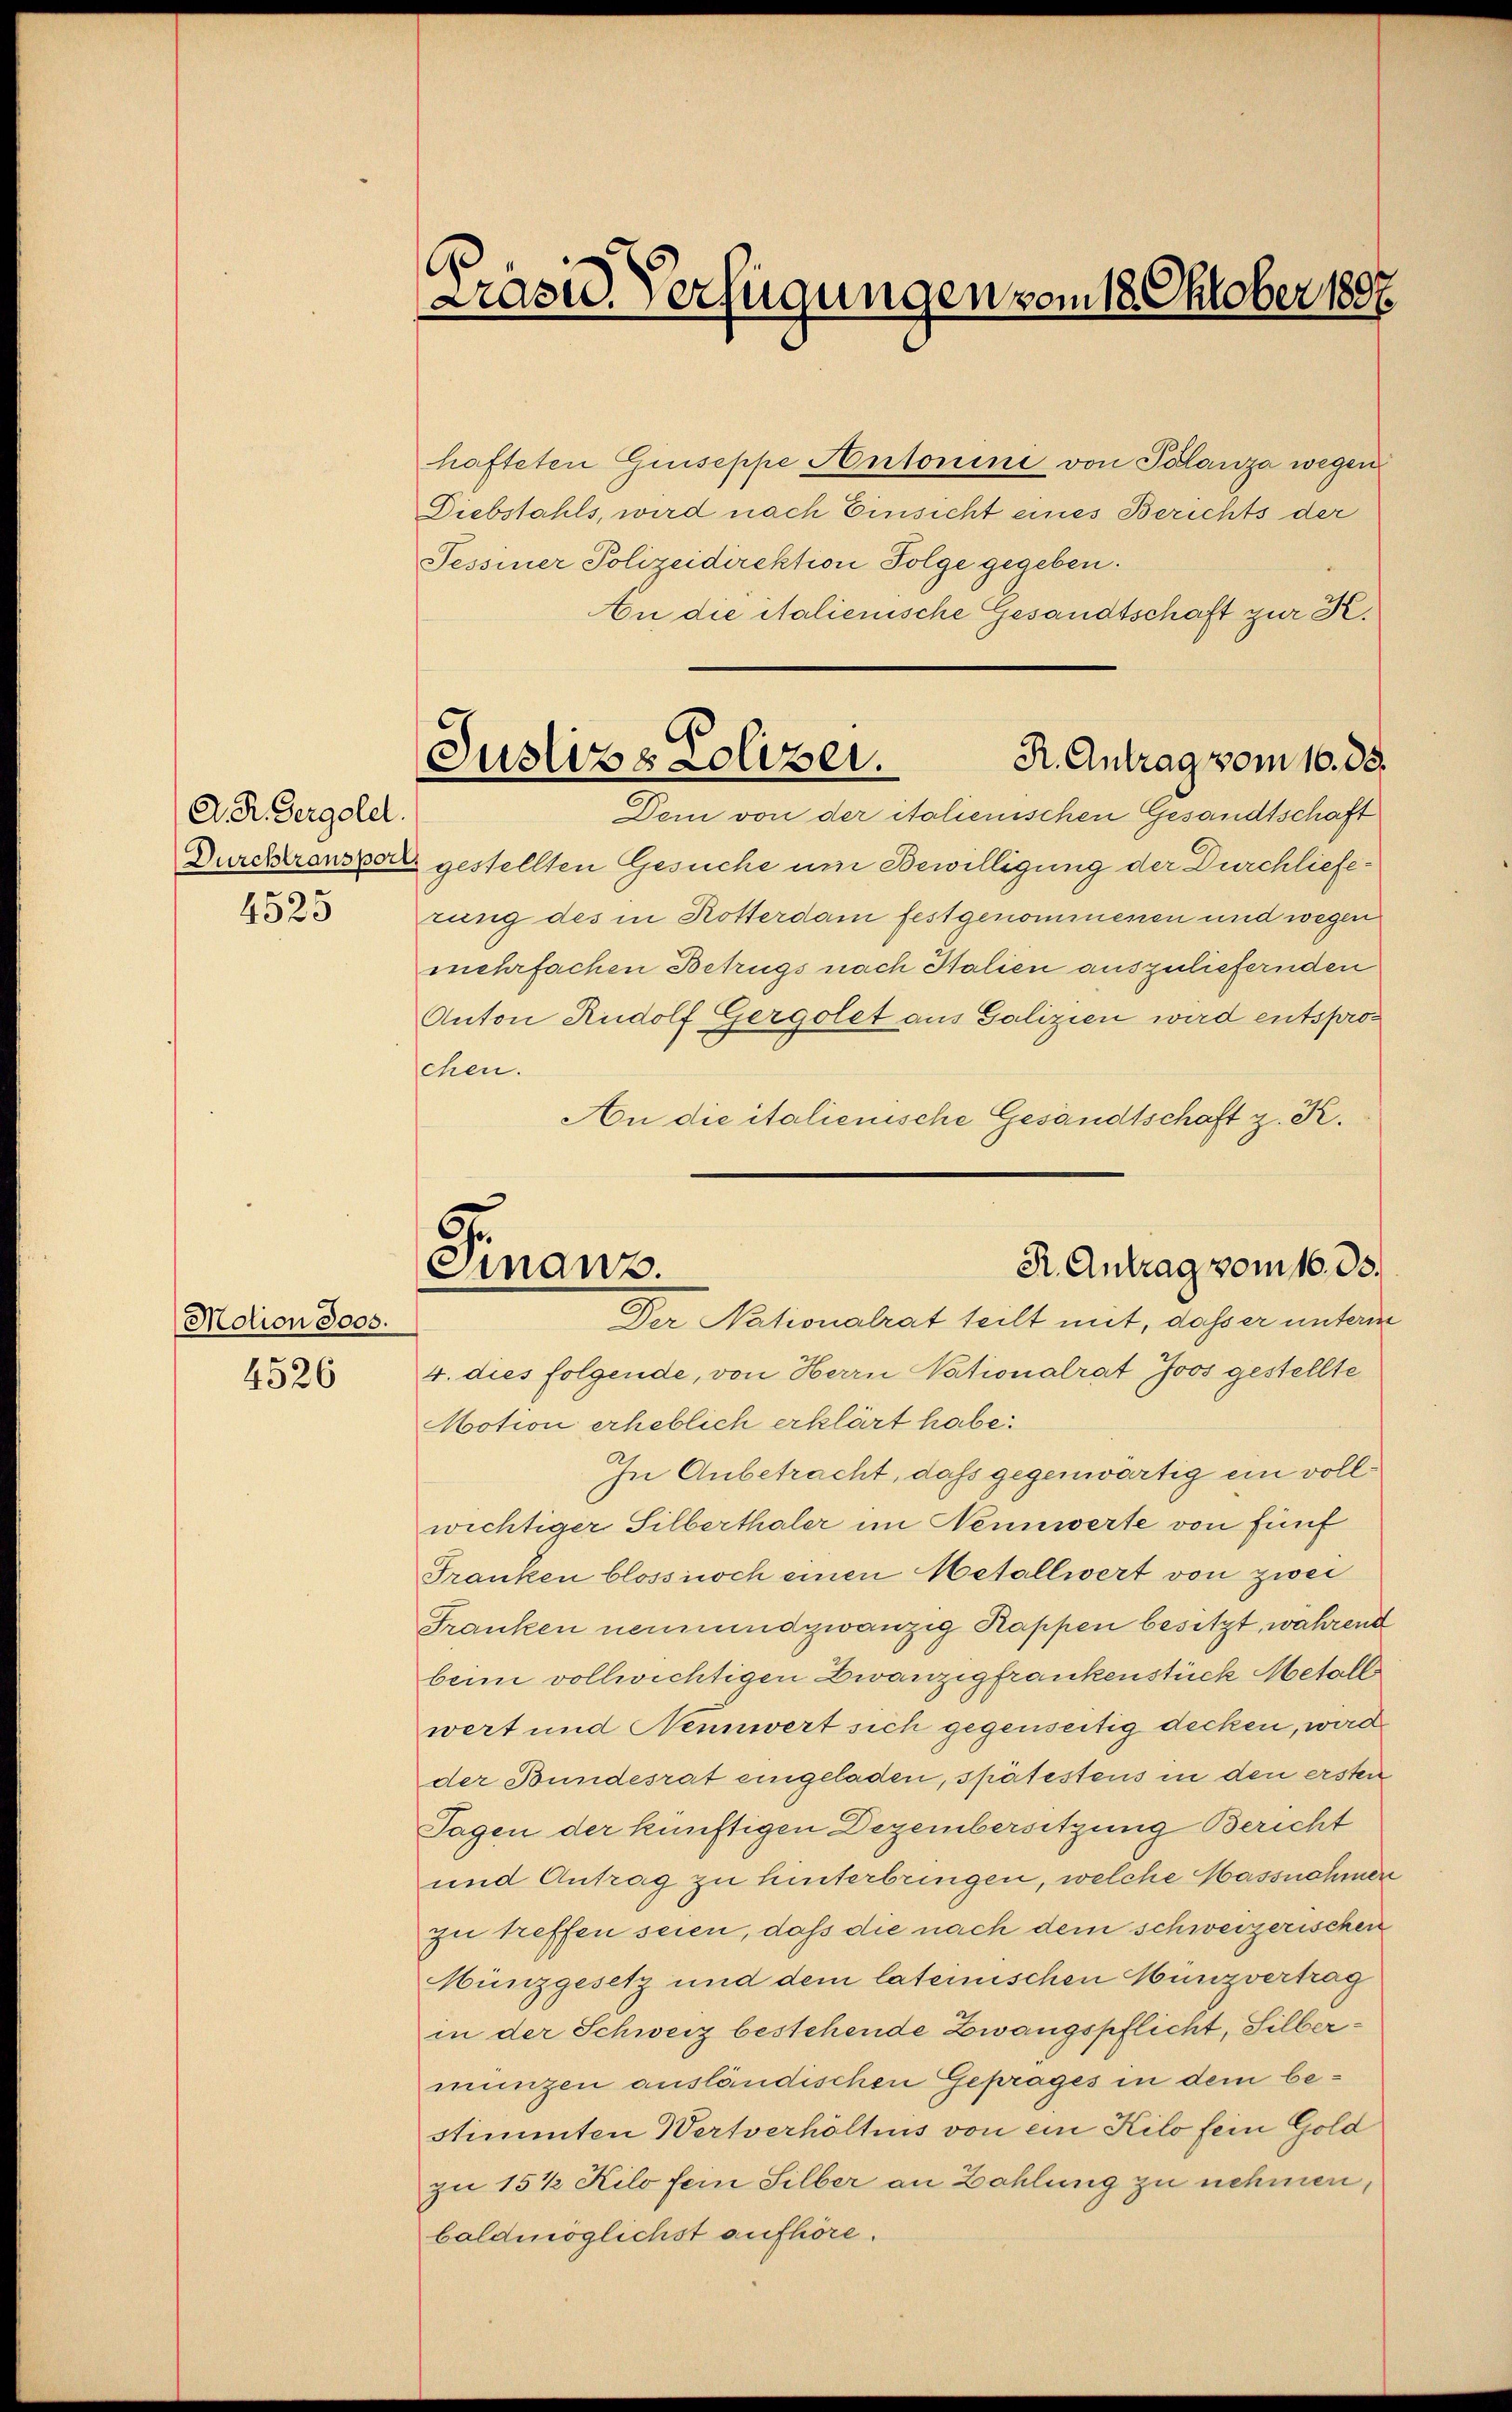
Motion 3005.

4526

A.R. Zergold.

Drase Verfügungen vom 18. Oktober 1807.

R. Antrag vom 16. ds.
Justiz & Polizei.

hafteten Giuseppe Antonini von Palanza wegen
Diebstahls, wird nach Einsicht eines Berichts der
Tessiner Polizeidirektion Folge gegeben.
An die italienische Gesandtschaft zur K.
Dem von der italienischen Gesandtschaft
Durchranspal gestellten Gesuche um Bewilligung der Durchlieferung des in Rotterdam festgenommenen und wegen
mehrfachen Betrugs nach Italien auszuliefernden
Anton Rudolf Gergolet aus Galizien wird entsprochen.
An die italienische Gesandtschaft z. K.

R. Antrag vom 16. ds.
Finanz
Der Nationalrat teilt mit, dasser unterm

4. dies folgende, von Herrn Nationalrat Joos gestellte
Motion erheblich erklärt habe.
In Anbetracht, daß gegenwärtig ein vollwichtiger Silberthaler im Nennwerte von fünf
Franken bloss noch einen Metallwert von zwei
Franken neumund zwanzig Kappen besitzt, während
beim vollwichtigen Zwanzigfrankenstück Metalle
wert und Nennwert sich gegenseitig decken, wird
der Bundesrat eingeladen, spätestens in den ersten
Tagen der künftigen Dezembersitzung Bericht
und Antrag zu hinterbringen, welche Massnahmen
zu treffen seien, daß die nach dem schweizerischen
Münzgesetz und dem lateinischen Münzvertrag
in der Schweiz bestehende Zwangspflicht, Silbermünzen ausländischen Geprages in dem bestimmten Wertverhältnis von ein Kilo fein Gold
zu 15 1/2 Kilo fein Silber an Zahlung zu nehmen,
baldmöglichst aufhöre.